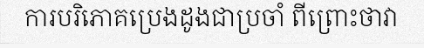
ការបរិភោគប្រេងដូងជាប្រចាំ ពីព្រោះថាវា